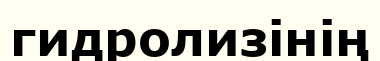
гидролизінің